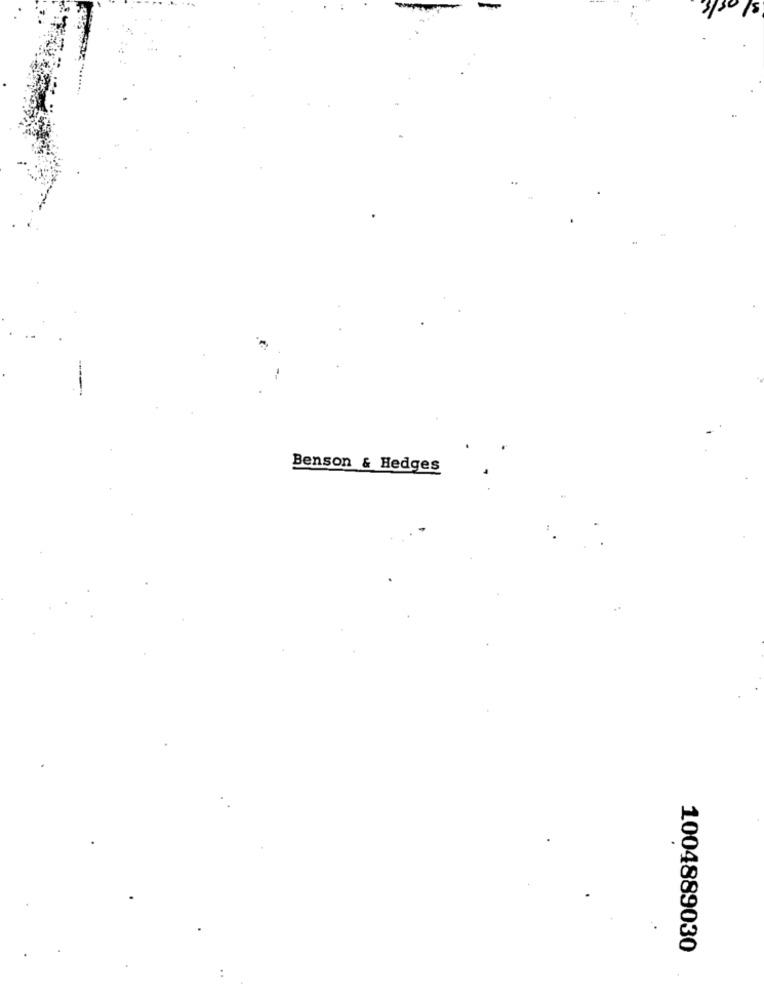
Benson & Hedges
1004889030